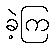
ခဲ့ကြ